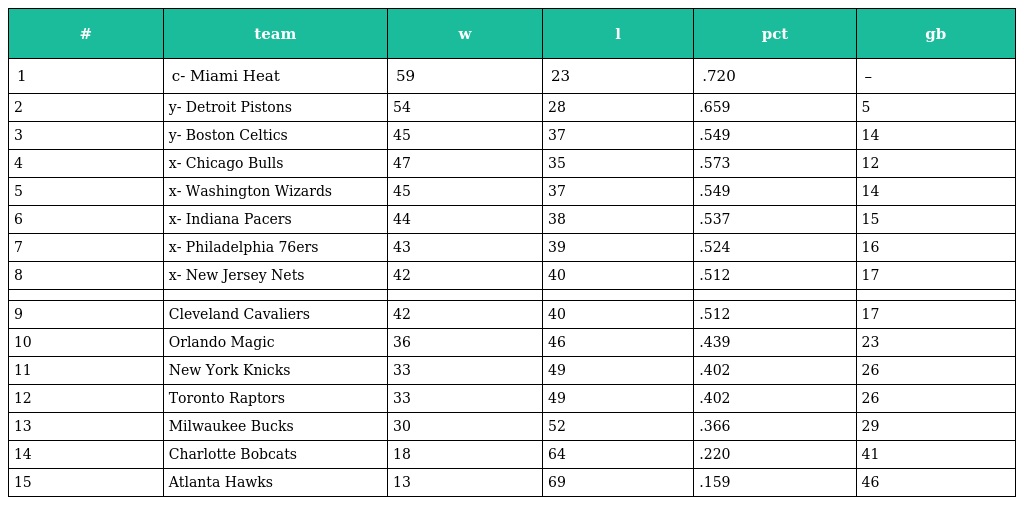
| # | team | w | l | pct | gb |
 | --- | --- | --- | --- | --- | --- |
 | 1 | c- Miami Heat | 59 | 23 | .720 | – |
 | 2 | y- Detroit Pistons | 54 | 28 | .659 | 5 |
 | 3 | y- Boston Celtics | 45 | 37 | .549 | 14 |
 | 4 | x- Chicago Bulls | 47 | 35 | .573 | 12 |
 | 5 | x- Washington Wizards | 45 | 37 | .549 | 14 |
 | 6 | x- Indiana Pacers | 44 | 38 | .537 | 15 |
 | 7 | x- Philadelphia 76ers | 43 | 39 | .524 | 16 |
 | 8 | x- New Jersey Nets | 42 | 40 | .512 | 17 |
 |  |  |  |  |  |  |
 | 9 | Cleveland Cavaliers | 42 | 40 | .512 | 17 |
 | 10 | Orlando Magic | 36 | 46 | .439 | 23 |
 | 11 | New York Knicks | 33 | 49 | .402 | 26 |
 | 12 | Toronto Raptors | 33 | 49 | .402 | 26 |
 | 13 | Milwaukee Bucks | 30 | 52 | .366 | 29 |
 | 14 | Charlotte Bobcats | 18 | 64 | .220 | 41 |
 | 15 | Atlanta Hawks | 13 | 69 | .159 | 46 |